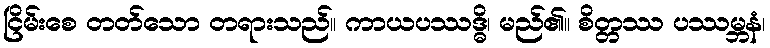
ငြိမ်းစေ တတ်သော တရားသည်။ ကာယပဿဒ္ဓိ၊ မည်၏။ စိတ္တဿ ပဿမ္ဘနံ၊